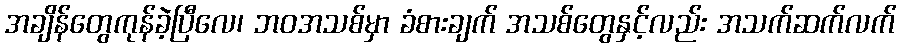
အချိန်တွေကုန်ခဲ့ပြီလေ၊ ဘဝအသစ်မှာ ခံစားချက် အသစ်တွေနှင့်လည်း အသက်ဆက်လက်